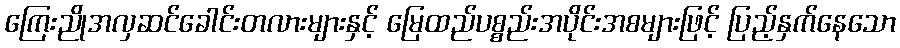
ကြေးညိုအလှဆင်ခေါင်းတလားများနှင့် မြေထည်ပစ္စည်းအပိုင်းအစများဖြင့် ပြည့်နှက်နေသော